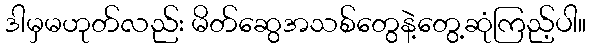
ဒါမှမဟုတ်လည်း မိတ်ဆွေအသစ်တွေနဲ့တွေ့ဆုံကြည့်ပါ။